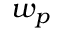
w _ { p }